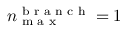
n _ { \textrm { m a x } } ^ { \textrm { b r a n c h } } = 1